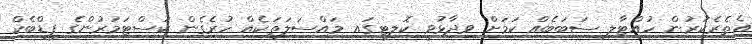
އެތެރެކުރުން ހުއްޓާލި ސަބަބެއް ކަމަށް ވިދާޅުވީ ކޮލިޓީގައި މައްސަލަތަކެއް ހުރެގެން ކަސްޓަމަރުންގެ ފީޑްބެކް